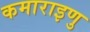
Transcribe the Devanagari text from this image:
कमाराइणु